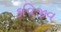
કવિજીવ